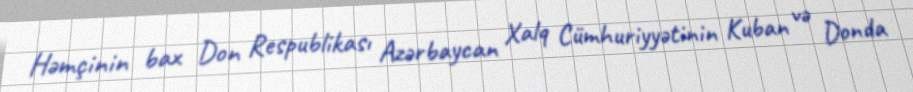
Həmçinin bax Don Respublikası Azərbaycan Xalq Cümhuriyyətinin Kuban və Donda